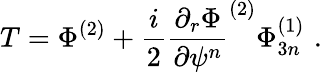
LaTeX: T=\Phi^{(2)}+\frac{i}{2}\frac{\partial_{r}\Phi}{\partial\psi^{n}}^{(2)}\Phi_{3n}^{(1)}\, \, .